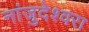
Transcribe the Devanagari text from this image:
नांजुदेश्‍वरा